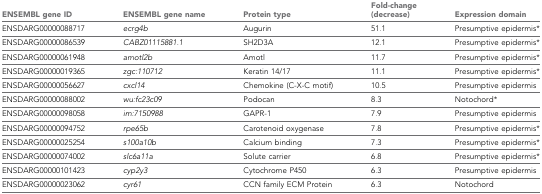
| ENSEMBL gene ID | ENSEMBL gene name | Protein type | Fold-change (decrease) | Expression domain |
 | --- | --- | --- | --- | --- |
 | ENSDARG00000088717 | ecrg4b | Augurin | 51.1 | Presumptive epidermis* |
 | ENSDARG00000086539 | CABZ01115881.1 | SH2D3A | 12.1 | Presumptive epidermis* |
 | ENSDARG00000061948 | amotl2b | Amotl | 11.7 | Presumptive epidermis* |
 | ENSDARG00000019365 | zgc:110712 | Keratin 14/17 | 11.1 | Presumptive epidermis* |
 | ENSDARG00000056627 | cxcl14 | Chemokine (C-X-C motif) | 10.5 | Presumptive epidermis |
 | ENSDARG00000088002 | wu:fc23c09 | Podocan | 8.3 | Notochord* |
 | ENSDARG00000098058 | im:7150988 | GAPR-1 | 7.9 | Presumptive epidermis |
 | ENSDARG00000094752 | rpe65b | Carotenoid oxygenase | 7.8 | Presumptive epidermis* |
 | ENSDARG00000025254 | s100a10b | Calcium binding | 7.3 | Presumptive epidermis* |
 | ENSDARG00000074002 | slc6a11a | Solute carrier | 6.8 | Presumptive epidermis* |
 | ENSDARG00000101423 | cyp2y3 | Cytochrome P450 | 6.3 | Presumptive epidermis |
 | ENSDARG00000023062 | cyr61 | CCN family ECM Protein | 6.3 | Notochord |